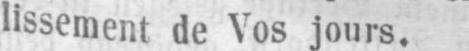
lissement de Vos jours.